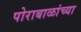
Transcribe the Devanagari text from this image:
पोराबाळांच्या